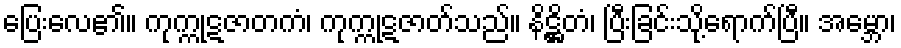
ပြေးလေ၏။ ကုက္ကုဋဇာတကံ၊ ကုက္ကုဋဇာတ်သည်။ နိဋ္ဌိတံ၊ ပြီးခြင်းသို့ရောက်ပြီ။ အမ္ဘော၊